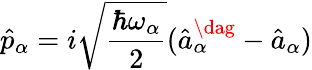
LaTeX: \hat{p}_{\alpha}=i\sqrt{\frac{\hbar\omega_{\alpha}}{2}}(\hat{a}_{\alpha}^{\dag}-\hat{a}_{\alpha})